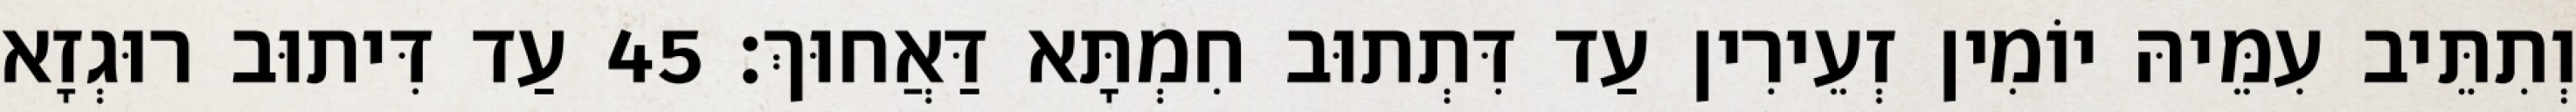
וְתִתֵּיב עִמֵּיהּ יוֹמִין זְעֵירִין עַד דִּתְתוּב חִמְתָּא דַּאֲחוּךְ׃ 45 עַד דִּיתוּב רוּגְזָא